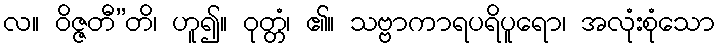
လ။ ဝိဇ္ဇတီ”တိ၊ ဟူ၍။ ဝုတ္တံ၊ ၏။ သဗ္ဗာကာရပရိပူရော၊ အလုံးစုံသော